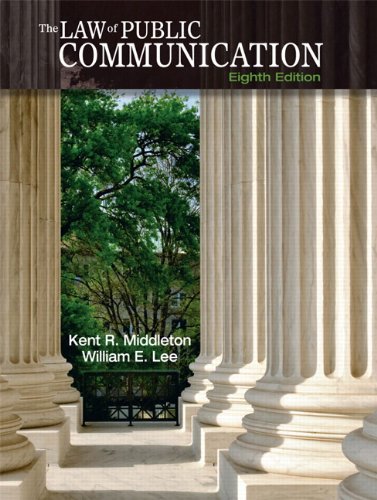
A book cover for Law of Public Communication, The (8th Edition); Kent R. Middleton; Law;